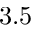
3 . 5